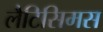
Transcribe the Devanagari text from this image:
लैटिसिमस